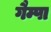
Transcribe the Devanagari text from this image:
गैम्पा